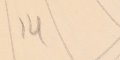
14